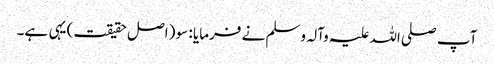
آپ صلی اللہ علیہ وآلہ وسلم نے فرمایا : سو (اصل حقیقت) یہی ہے۔